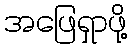
အဖြေရှာဖို့